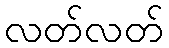
လတ်လတ်